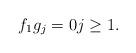
LaTeX: \begin{align*}f_1 g_j = 0 j \geq 1.\end{align*}